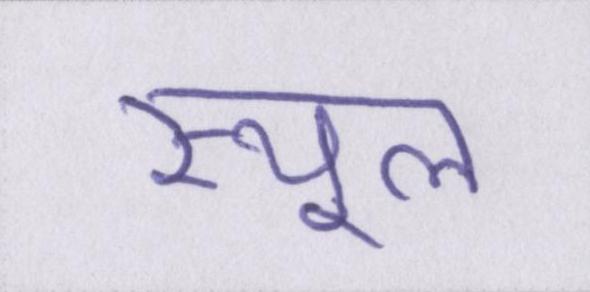
स्थूल